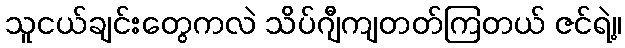
သူငယ်ချင်းတွေကလဲ သိပ်ဂျီကျတတ်ကြတယ် ဇင်ရဲ့။